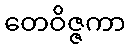
တေဝိဇ္ဇကာ